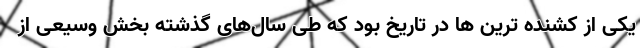
یکی از کشنده ترین ها در تاریخ بود که طی سال‌های گذشته بخش وسیعی از